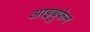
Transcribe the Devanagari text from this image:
आइबुफेन